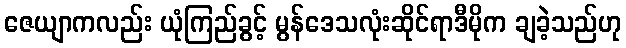
ဇေယျာကလည်း ယုံကြည်ခွင့် မွန်ဒေသလုံးဆိုင်ရာဒီမိုက ချခဲ့သည်ဟု